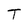
Character: T